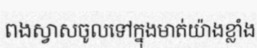
ពងស្វាសចូលទៅក្នុងមាត់យ៉ាងខ្លាំង